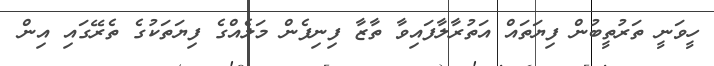
ހީވަނީ ތަރުތީބުން ފިޔަތައް އަތުރާލާފައިވާ ތާޒާ ފިނިފެން މަލެއްގެ ފިޔަތަކުގެ ތެރޭގައި އިން